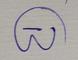
Signature authenticity: genuine